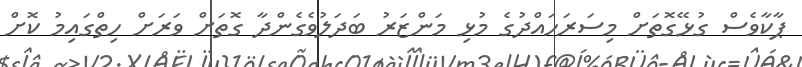
ޕާކާވެސް ގުޅޭގޮތަށް މިސަރަހައްދުގެ މުޅި މަންޒަރު ބަދަލުވެގެންދާ ގޮތަށް ވަރަށް ހިތްގައިމު ކޮށް